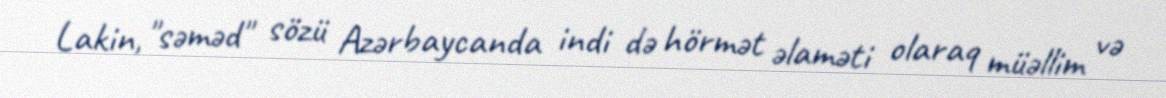
Lakin, "səməd" sözü Azərbaycanda indi də hörmət əlaməti olaraq müəllim və